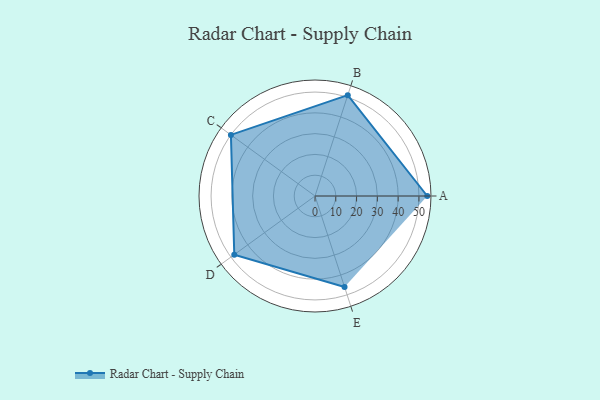
{"axis": {"x": "Skill", "y": "Score"}, "legend": ["Profile"], "data": [{"x": "A", "y": 54.0, "type": "Profile"}, {"x": "B", "y": 51.0, "type": "Profile"}, {"x": "C", "y": 50.0, "type": "Profile"}, {"x": "D", "y": 48.0, "type": "Profile"}, {"x": "E", "y": 46.0, "type": "Profile"}]}